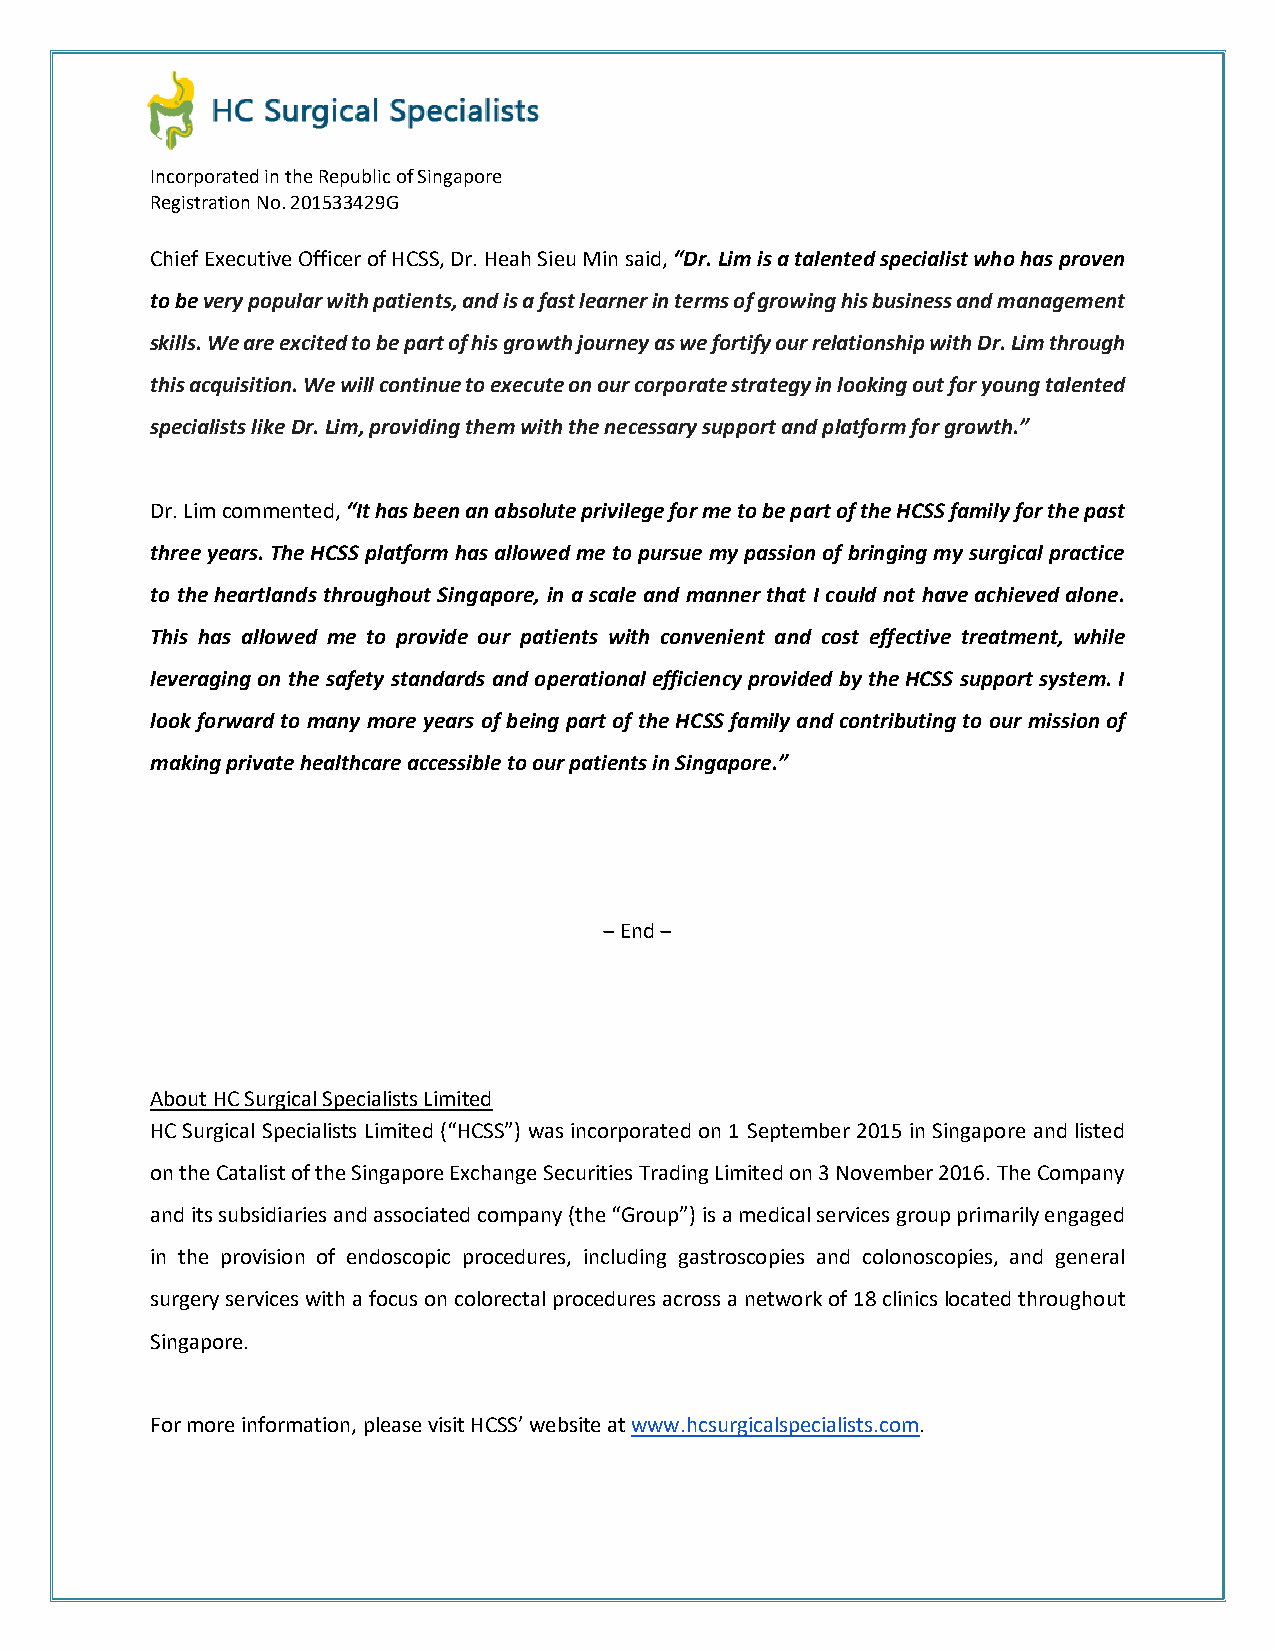
Incorporated in the Republic of Singapore
 Registration No. 201533429G
 Chief Executive Officer of HCSS, Dr. Heah Sieu Min said, “Dr. Lim is a talented specialist who has proven
 to be very popular with patients, and is a fast learner in terms of growing his business and management
 skills. We are excited to be part of his growth journey as we fortify our relationship with Dr. Lim through
 this acquisition. We will continue to execute on our corporate strategy in looking out for young talented
 specialists like Dr. Lim, providing them with the necessary support and platform for growth.”
 Dr. Lim commented, “It has been an absolute privilege for me to be part of the HCSS family for the past
 three years. The HCSS platform has allowed me to pursue my passion of bringing my surgical practice
 to the heartlands throughout Singapore, in a scale and manner that I could not have achieved alone.
 This has allowed me to provide our patients with convenient and cost effective treatment, while
 leveraging on the safety standards and operational efficiency provided by the HCSS support system. I
 look forward to many more years of being part of the HCSS family and contributing to our mission of
 making private healthcare accessible to our patients in Singapore.”
 ‒ End ‒
 About HC Surgical Specialists Limited
 HC Surgical Specialists Limited (“HCSS”) was incorporated on 1 September 2015 in Singapore and listed
 on the Catalist of the Singapore Exchange Securities Trading Limited on 3 November 2016. The Company
 and its subsidiaries and associated company (the “Group”) is a medical services group primarily engaged
 in the provision of endoscopic procedures, including gastroscopies and colonoscopies, and general
 surgery services with a focus on colorectal procedures across a network of 18 clinics located throughout
 Singapore.
 For more information, please visit HCSS’ website at www.hcsurgicalspecialists.com.